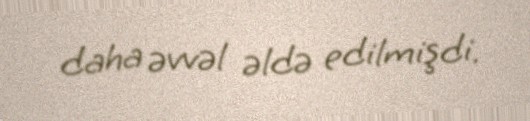
daha əvvəl əldə edilmişdi.